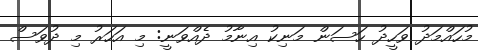
މުހައްމަދު ވަހީދު ހަސަން މަނިކު އިނާމު ދެއްވަނީ: މި އަހަރު މި ދުވަސް